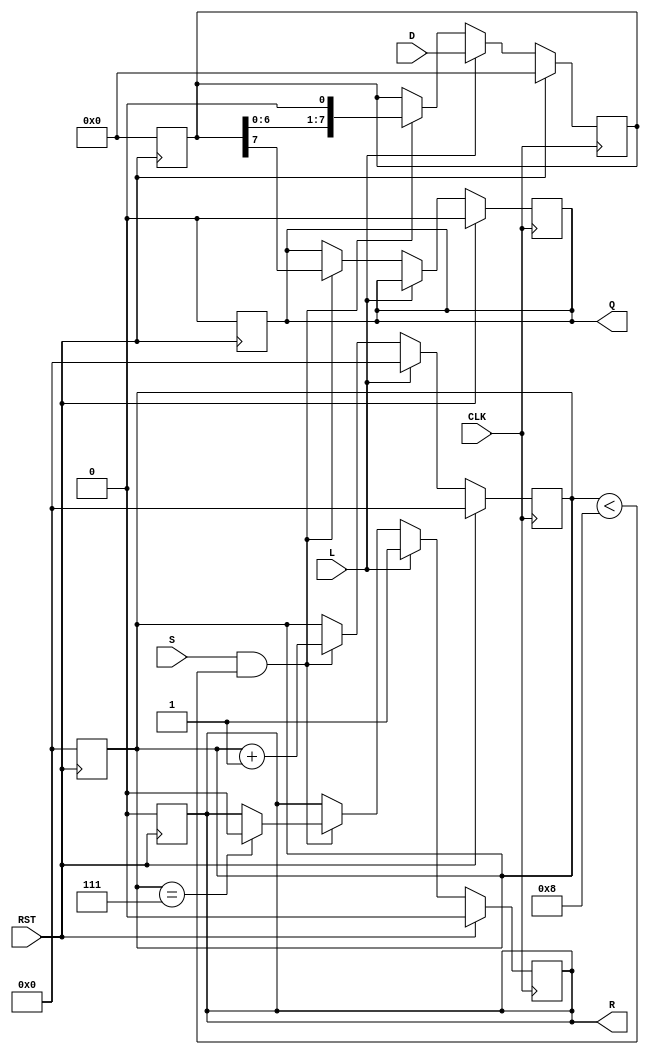
module PISO_Register (
    input wire [7:0] D,      // Data Input
    input wire L,            // Load control signal
    input wire S,            // Shift control signal
    input wire CLK,          // Clock signal
    input wire RST,          // Asynchronous Reset
    output reg Q,            // Serial Output
    output reg R             // Ready signal
);

    reg [7:0] SR;            // Shift Register
    reg [3:0] CNT;           // Shift Counter

    // Asynchronous Reset
    always @(posedge RST) begin
        SR <= 8'b0;
        CNT <= 4'b0;
        Q <= 1'b0;
        R <= 1'b0;
    end

    // Loading and Shifting Operations
    always @(posedge CLK) begin
        if (RST) begin
            // On reset, clear indicator
            SR <= 8'b0;
            CNT <= 4'b0;
            Q <= 1'b0;
            R <= 1'b0;
        end else begin
            if (L) begin
                // Load operation
                SR <= D;            // Load data into Shift Register
                CNT <= 4'b0;        // Reset the counter
                R <= 1'b1;          // Set Ready signal
            end else if (S && CNT < 4'd8) begin
                // Shift operation
                Q <= SR[7];         // Output MSB to serial output
                SR <= {SR[6:0], 1'b0};   // Shift SR to the right
                CNT <= CNT + 1;     // Increment the counter
                
                // Check if all bits have been shifted out
                if (CNT == 4'd7) begin
                    R <= 1'b0;      // Reset Ready signal when done
                end
            end
        end
    end

endmodule